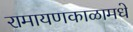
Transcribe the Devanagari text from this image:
रामायणकाळामधे